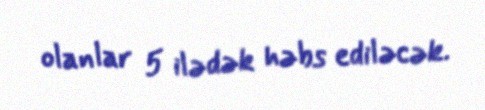
olanlar 5 ilədək həbs ediləcək.